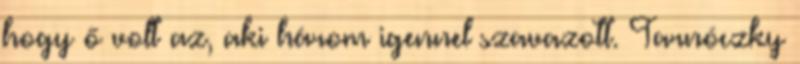
hogy ő volt az, aki három igennel szavazott. Tarnóczky